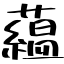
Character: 蘊